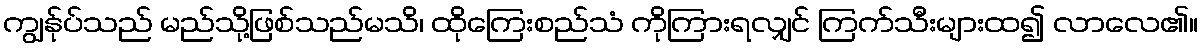
ကျွန်ုပ်သည် မည်သို့ဖြစ်သည်မသိ၊ ထိုကြေးစည်သံ ကိုကြားရလျှင် ကြက်သီးများထ၍ လာလေ၏။